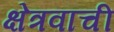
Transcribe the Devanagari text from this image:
क्षेत्रवाची